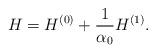
LaTeX: \begin{align*}H=H^{(0)}+\frac{1}{\alpha_0}H^{(1)}.\end{align*}